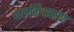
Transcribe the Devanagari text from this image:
जलनिःसारण